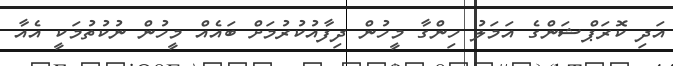
އަދި ކޮރަޕްޝަންގެ އަމަލު ހިންގާ މީހުން ދިފާއުކުރުމަށް ބައެއް މީހުން ނުކުތުމަކީ އެއާ